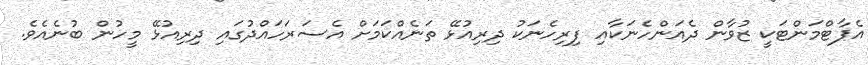
އެޕާޓްމަންޓަކީ ޒުވާން ދެއަންހެނަކާއި ފިރިހެނަކު ދިރިއުޅޭ ތަނެއްކަމަށް އެސަރަހައްދުގައި ދިރިއުޅޭ މީހުން ބުނެއެވެ.